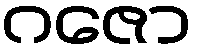
ဂဇော